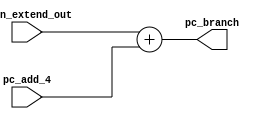
module adder_32bit1(sign_extend_out,pc_add_4,pc_branch);

input [31:0]sign_extend_out,pc_add_4;
output wire[31:0]pc_branch;

assign  pc_branch=sign_extend_out+pc_add_4;

endmodule